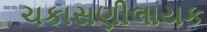
ચકાસણીલાયક